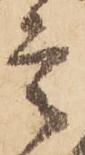
言